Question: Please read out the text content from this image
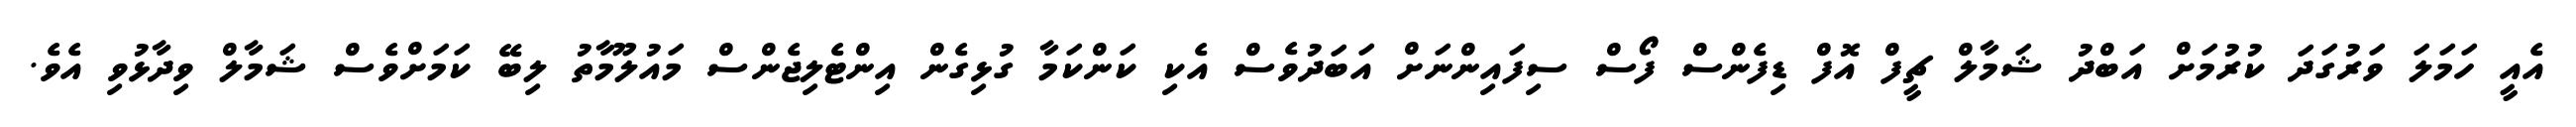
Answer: އެއީ ހަމަލަ ވަރުގަދަ ކުރުމަށް އަބްދު ޝަމާލް ޗީފް އޮފް ޑިފެންސް ފޯސް ސިފައިންނަށް އަބަދުވެސް އެކި ކަންކަމާ ގުޅިގެން އިންޓެލިޖެންސް މައުލޫމާތު ލިބޭ ކަމަށްވެސް ޝަމާލް ވިދާޅުވި އެވެ.